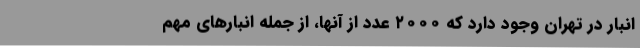
انبار در تهران وجود دارد که ۲۰۰۰ عدد از آنها، از جمله انبارهای مهم